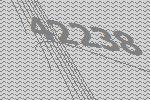
42238